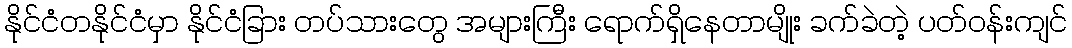
နိုင်ငံတနိုင်ငံမှာ နိုင်ငံခြား တပ်သားတွေ အများကြီး ရောက်ရှိနေတာမျိုး ခက်ခဲတဲ့ ပတ်ဝန်းကျင်